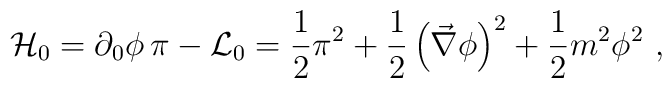
{\cal H}_0=\partial_0\phi\,\pi-{\cal L}_0=\frac{1}{2}\pi^2+\frac{1}{2}\left(\vec{\nabla}\phi\right)^2+\frac{1}{2}m^2\phi^2\ ,